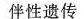
伴性遗传